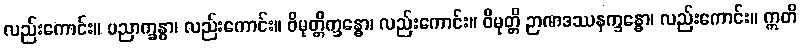
လည်းကောင်း။ ပညာက္ခန္ဓာ၊ လည်းကောင်း။ ဝိမုတ္တိက္ခန္ဓော၊ လည်းကောင်း။ ဝိမုတ္တိ ဉာဏဒဿနက္ခန္ဓော၊ လည်းကောင်း။ ဣတိ